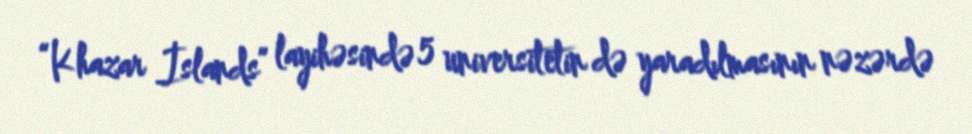
“Khazar İslands” layihəsində 5 universitetin də yaradılmasının nəzərdə